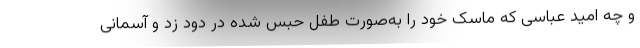
و چه امید عباسی که ماسک خود را به‌صورت طفل حبس شده در دود زد و آسمانی